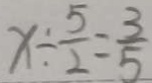
x \div \frac { 5 } { 2 } = \frac { 3 } { 5 }